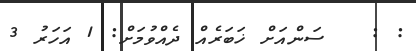
: :   ސަންއަށް ޚަބަރެއް ދެއްވުމަށް: 1 އަހަރު 3